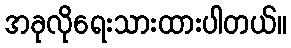
အခုလိုရေးသားထားပါတယ်။